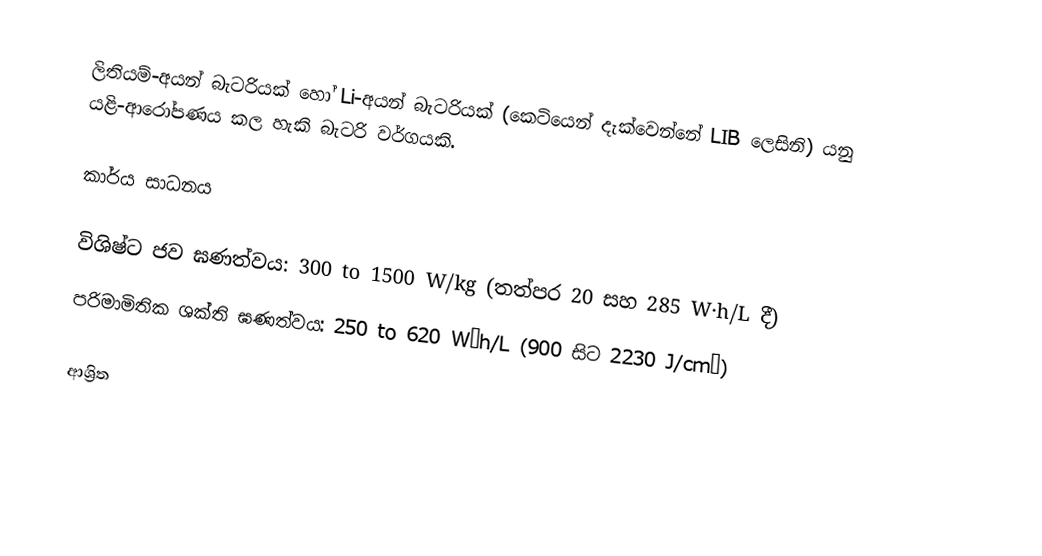
ලිතියම්-අයන් බැටරියක් හෝ Li-අයන් බැටරියක් (කෙටියෙන් දැක්වෙන්නේ LIB ලෙසිනි) යනු    යළි-ආරෝපණය කල හැකි බැටරි වර්ගයකි.

කාර්ය සාධනය

 විශිෂ්ට ජව ඝණත්වය: 300 to 1500 W/kg (තත්පර 20 සහ 285 W·h/L දී)
 පරිමාමිතික ශක්ති ඝණත්වය: 250 to 620 W·h/L (900 සිට 2230 J/cm³)

ආශ්‍රිත